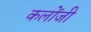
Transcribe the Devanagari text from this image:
कलोंजी